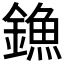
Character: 𨫷